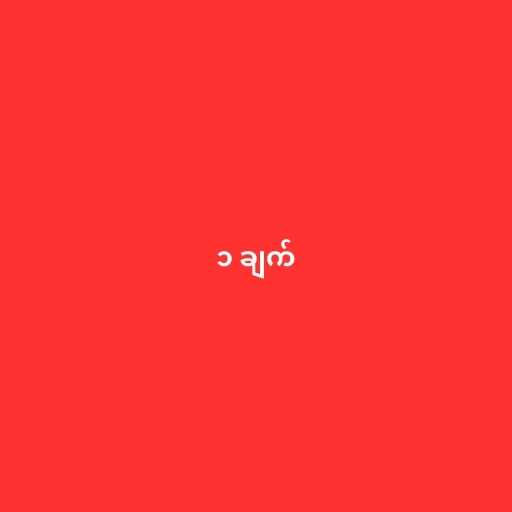
၁ ချက်